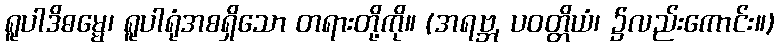
ရူပါဒိဓမ္မေ၊ ရူပါရုံအစရှိသော တရားတို့ကို။ (အရဗ္ဘ, ပဝတ္တိယံ၊ ၌လည်းကောင်း။)